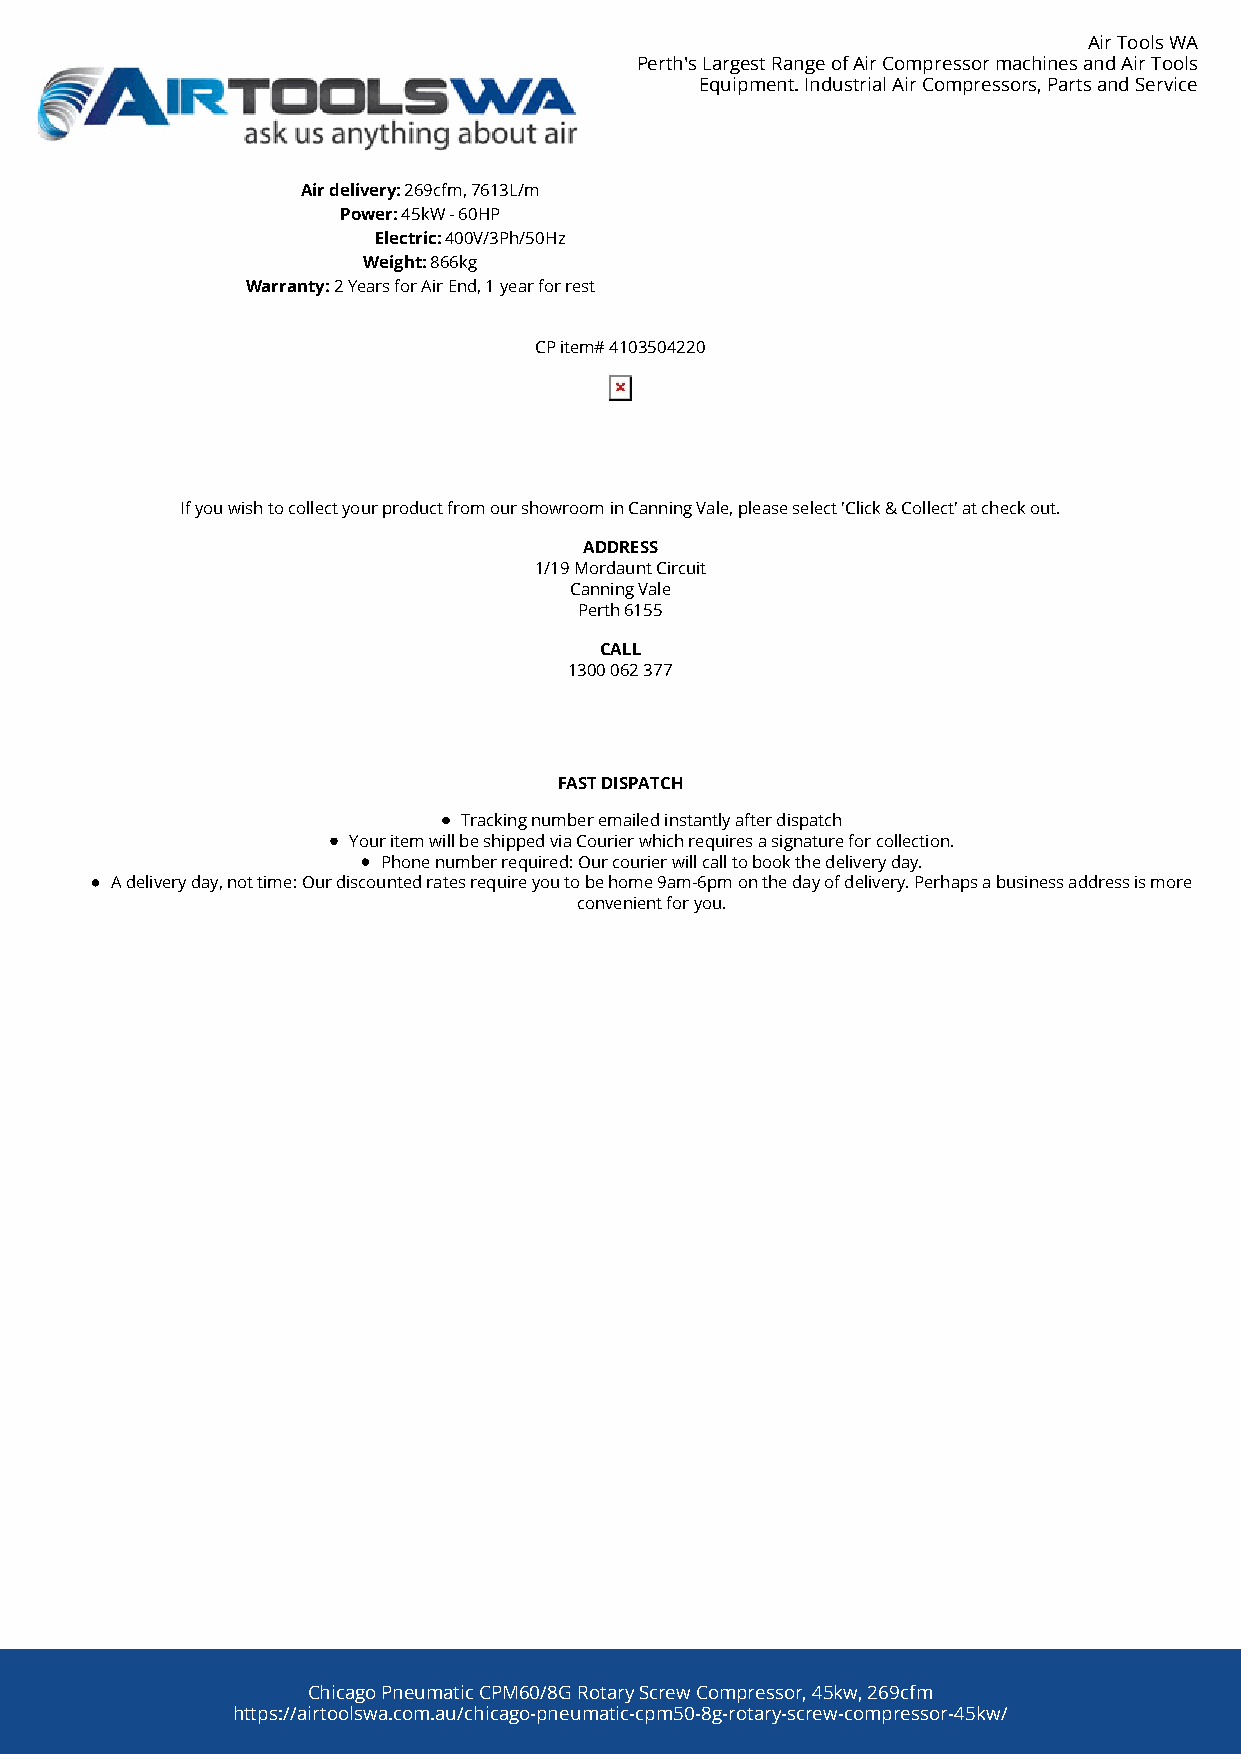
Air Tools WA
 Perth's Largest Range of Air Compressor machines and Air Tools
 Equipment. Industrial Air Compressors, Parts and Service
 Air delivery: 269cfm, 7613L/m
 Power: 45kW - 60HP
 Electric: 400V/3Ph/50Hz
 Weight: 866kg
 Warranty: 2 Years for Air End, 1 year for rest
 CP item# 4103504220
 If you wish to collect your product from our showroom in Canning Vale, please select 'Click & Collect' at check out.
 ADDRESS
 1/19 Mordaunt Circuit
 Canning Vale
 Perth 6155
 CALL
 1300 062 377
 FAST DISPATCH
 Tracking number emailed instantly after dispatch
 Your item will be shipped via Courier which requires a signature for collection.
 Phone number required: Our courier will call to book the delivery day.
 A delivery day, not time: Our discounted rates require you to be home 9am-6pm on the day of delivery. Perhaps a business address is more
 convenient for you.
 Chicago Pneumatic CPM60/8G Rotary Screw Compressor, 45kw, 269cfm
 https://airtoolswa.com.au/chicago-pneumatic-cpm50-8g-rotary-screw-compressor-45kw/